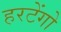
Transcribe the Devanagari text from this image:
हरटेंगो